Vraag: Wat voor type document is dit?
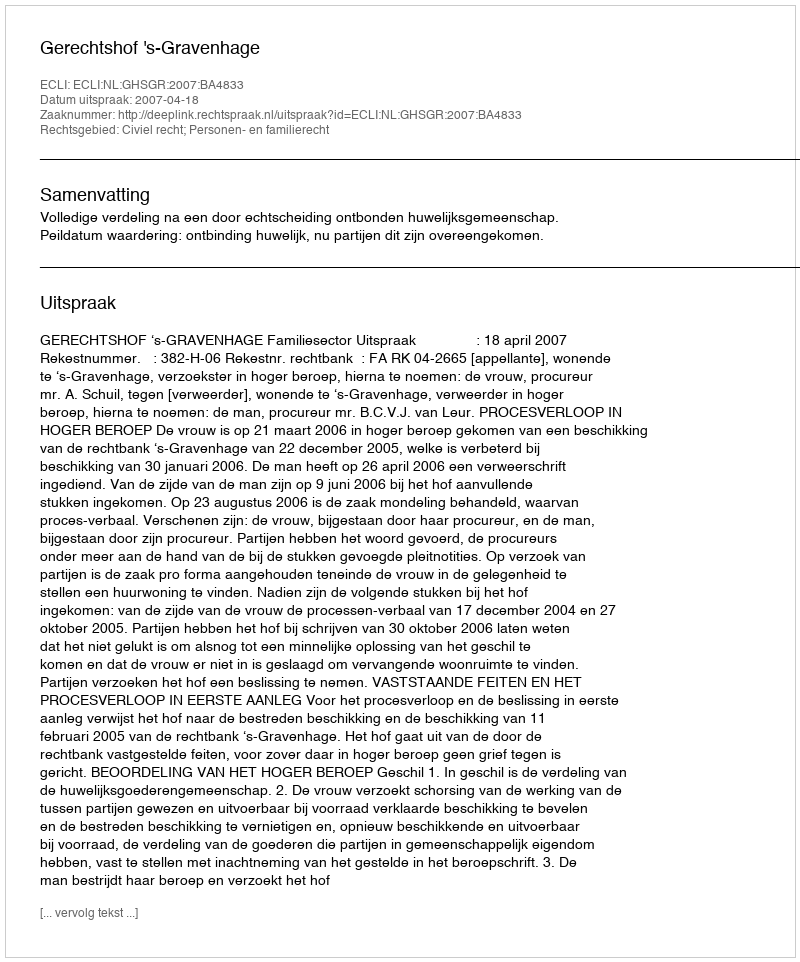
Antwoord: Uitspraak